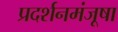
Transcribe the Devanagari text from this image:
प्रदर्शनमंजूषा